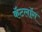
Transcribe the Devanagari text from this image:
कॅटलॉग